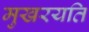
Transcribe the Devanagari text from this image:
मुखरयति